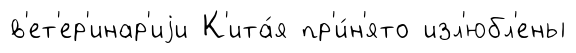
в'ет'ер'инар'иjи К'ита́я пр'и́н'ято изл'юбл'ены